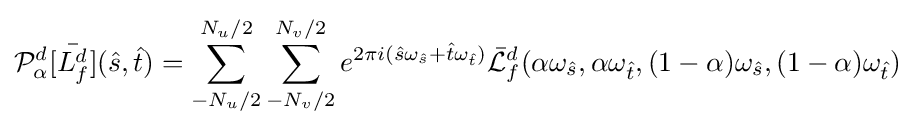
{\mathcal {P}}_{\alpha }^{d}[{\bar {L_{f}^{d}}}]({\hat {s}},{\hat {t}})=\sum _{-N_{u}/2}^{N_{u}/2}\sum _{-N_{v}/2}^{N_{v}/2}{e^{2\pi i({\hat {s}}\omega _{\hat {s}}+{\hat {t}}\omega _{\hat {t}})}{\mathcal {\bar {L}}}_{f}^{d}}{(\alpha \omega _{\hat {s}},\alpha \omega _{\hat {t}},(1-\alpha )\omega _{\hat {s}},(1-\alpha )\omega _{\hat {t}})}